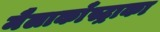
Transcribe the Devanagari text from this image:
मैलाकाँस्ट्राका